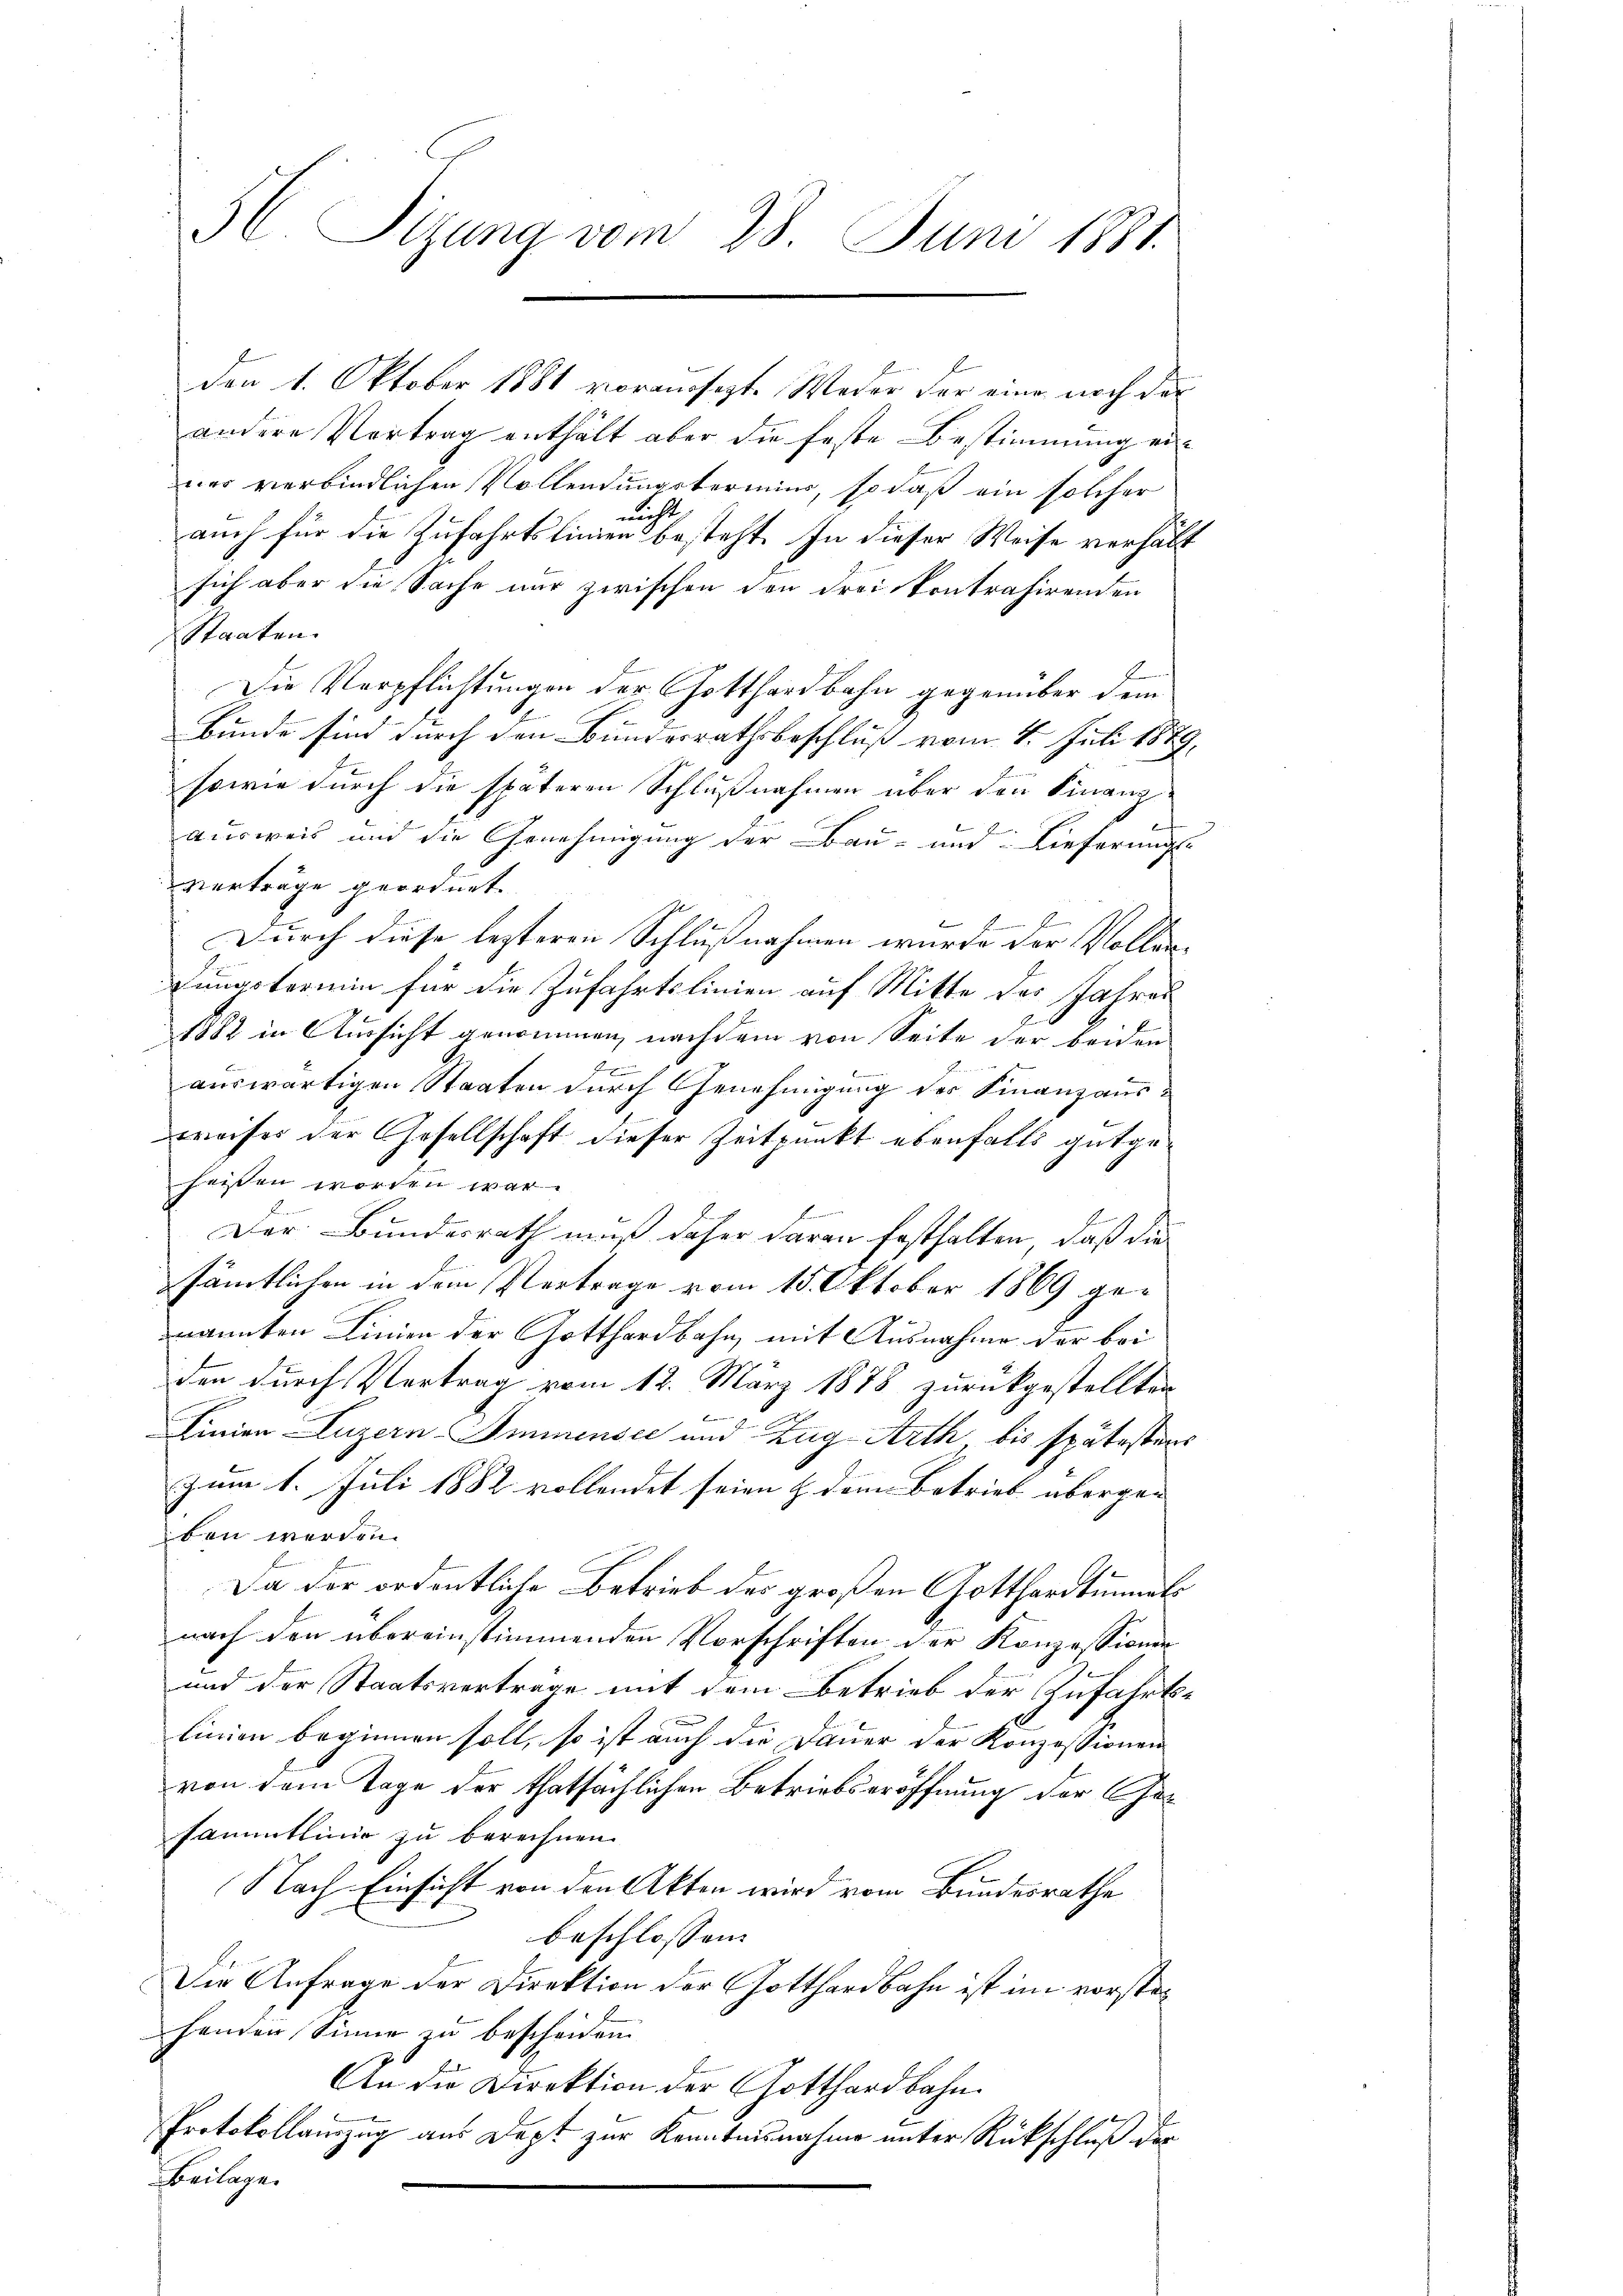
3. Sizung vom 28. Juni 1881.

den 1. Oktober 1881 vormusizt. Weder der eine noch der
andere Vortrag enthält aber die feste Bestimmung eiwer verbindlichen Vollendungstermins, so daß ein solcher
nicht
auch für die Zufahrtslinien besteht. In dieser Weise verhält
sich aber die Sache nur zwischen den dreiskontrahirenden
Staaten.
Die Verpflichtungen der Gotthardbahn gegenüber dem
Bunde sind durch den Bundesrathsbeschluß vom 4. Juli 1879.
sowie durch die späteren Schlußnahmen über den Finanz-
ausweis und die Genehmigung der Bau- und Lieferungs-
vertrage geordnet.
Durch diese lezteren Schlussnahmen wurde der Vollen- |
fungstermin für die Zufahrtslinien auf Mitte des Jahres
1882 in Aussicht genommen, nachdem von Seite der beiden
auswärtigen Staaten durch Genehmigung des Finanzausweises der Gesellschaft dieser Zeitpunkt ebenfalls gutgeheissen worden war.
Der Bundesrath muß daher daran festhalten, daß die
sämtlichen in dem Vertrage vom 15. Oktober 1869 genannten Linien der Gotthardbahn, mit Ausnahme der bei
den durch Vertrag vom 12. März 1878 zurückgestellten
Linien Luzern Immensee und Zug Arth bis spätesters
zum 1. Juli 1882 vollendet seien & dem Betrieb überge- |
ben werden.
Da der ordentliche Betrieb der großen Gotthardtunnels
nach den übereinstimmenden Vorschriften der Konzessionen
und der Staatsverträge mit dem Betrieb der Zufahrtslinien beginnen soll, so ist auch die Dauer der Konzessionen
von dem Tage der thatsächlichen Betriebseröffnung der Gesammtlinie zu berechnen.
Nach Einsicht von den Akten wird vom Bundesrathe
beschlossen:
Die Anfrage der Direktion der Gotthardbahn ist im vorstahenden Sinne zu bescheiden.
An die Direktion der Gotthardbahn.
Protokollauszug aus Dept zur Kenntnisnahme unter Rückschluß der
Beilagen